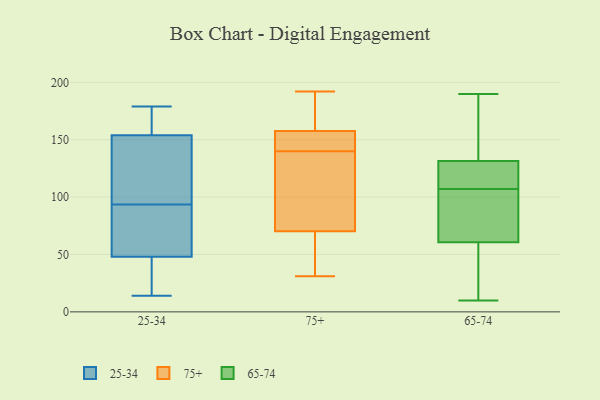
{"axis": {"x": "Shipments", "y": "Value"}, "legend": ["25-34", "65-74", "75+"], "data": [{"x": "", "y": 83, "type": "25-34"}, {"x": "", "y": 154, "type": "25-34"}, {"x": "", "y": 179, "type": "25-34"}, {"x": "", "y": 22, "type": "25-34"}, {"x": "", "y": 131, "type": "25-34"}, {"x": "", "y": 89, "type": "25-34"}, {"x": "", "y": 43, "type": "25-34"}, {"x": "", "y": 117, "type": "25-34"}, {"x": "", "y": 14, "type": "25-34"}, {"x": "", "y": 48, "type": "25-34"}, {"x": "", "y": 80, "type": "25-34"}, {"x": "", "y": 148, "type": "25-34"}, {"x": "", "y": 164, "type": "25-34"}, {"x": "", "y": 98, "type": "25-34"}, {"x": "", "y": 19, "type": "25-34"}, {"x": "", "y": 179, "type": "25-34"}, {"x": "", "y": 55, "type": "25-34"}, {"x": "", "y": 158, "type": "25-34"}, {"x": "", "y": 140, "type": "75+"}, {"x": "", "y": 151, "type": "75+"}, {"x": "", "y": 155, "type": "75+"}, {"x": "", "y": 101, "type": "75+"}, {"x": "", "y": 48, "type": "75+"}, {"x": "", "y": 59, "type": "75+"}, {"x": "", "y": 62, "type": "75+"}, {"x": "", "y": 31, "type": "75+"}, {"x": "", "y": 73, "type": "75+"}, {"x": "", "y": 146, "type": "75+"}, {"x": "", "y": 175, "type": "75+"}, {"x": "", "y": 83, "type": "75+"}, {"x": "", "y": 139, "type": "75+"}, {"x": "", "y": 192, "type": "75+"}, {"x": "", "y": 142, "type": "75+"}, {"x": "", "y": 188, "type": "75+"}, {"x": "", "y": 166, "type": "75+"}, {"x": "", "y": 136, "type": "65-74"}, {"x": "", "y": 68, "type": "65-74"}, {"x": "", "y": 67, "type": "65-74"}, {"x": "", "y": 107, "type": "65-74"}, {"x": "", "y": 42, "type": "65-74"}, {"x": "", "y": 10, "type": "65-74"}, {"x": "", "y": 11, "type": "65-74"}, {"x": "", "y": 84, "type": "65-74"}, {"x": "", "y": 184, "type": "65-74"}, {"x": "", "y": 130, "type": "65-74"}, {"x": "", "y": 190, "type": "65-74"}, {"x": "", "y": 110, "type": "65-74"}, {"x": "", "y": 126, "type": "65-74"}]}